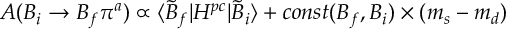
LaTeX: A ( B _ { i } \to B _ { f } \pi ^ { a } ) \propto \langle \tilde { B } _ { f } | H ^ { p c } | \tilde { B } _ { i } \rangle + c o n s t ( B _ { f } , B _ { i } ) \times ( m _ { s } - m _ { d } )